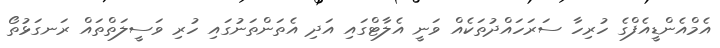
އެމްއެންޑީއެފްގެ ހުރިހާ ސަރަހައްދުތަކެއް ވަނީ އެލާޓްގައި އަދި އެތަންތަނުގައި ހުރި ވަސީލަތްތައް ރަނގަޅުތޯ